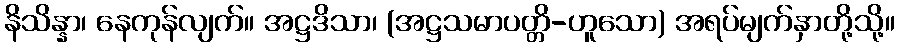
နိသိန္နာ၊ နေကုန်လျက်။ အဋ္ဌဒိသာ၊ (အဋ္ဌသမာပတ္တိ-ဟူသော) အရပ်မျက်နှာတို့သို့။